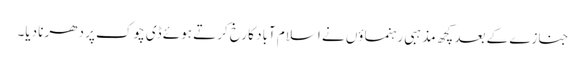
جنازے کے بعد کچھ مذہبی رہنماؤں نے اسلام آباد کا رخ کرتے ہوئے ڈی چوک پر دھرنا دیا۔